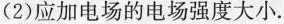
(2) 应加电场的电场强度大小.